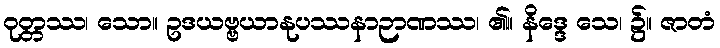
ဝုတ္တဿ၊ သော။ ဥဒယဗ္ဗယာနုပဿနာဉာဏဿ၊ ၏။ နိဒ္ဒေ သေ၊ ၌။ ဇာတံ